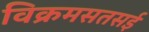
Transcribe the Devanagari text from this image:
विक्रमसतसई